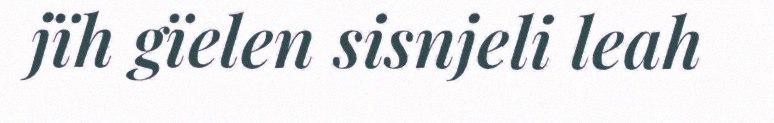
jïh gïelen sisnjeli leah